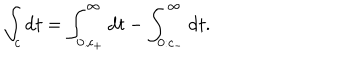
LaTeX: \int _ { c } \mathrm { d } t = \int _ { 0 : c _ { + } } ^ { \infty } \mathrm { d } t - \int _ { 0 : c _ { - } } ^ { \infty } \mathrm { d } t .